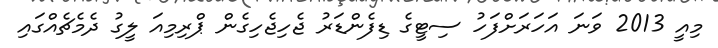
މިއީ 2013 ވަނަ އަހަރަށްފަހު ސިޓީގެ ޑިފެންޑަރު ޖެހިޖެހިގެން ޕްރިމިއަ ލީގު ދެމެޗެއްގައި